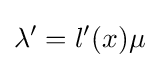
\lambda '=l'(x)\mu